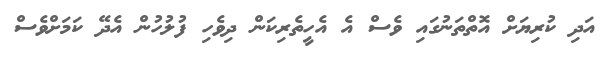
އަދި ކުރިޔަށް އޮތްތަނުގައި ވެސް އެ އެހީތެރިކަން ދިވެހި ފުލުހުން އެދޭ ކަމަށްވެސް